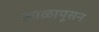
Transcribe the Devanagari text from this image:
काळापूसन